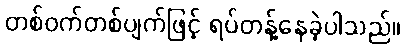
တစ်ဝက်တစ်ပျက်ဖြင့် ရပ်တန့်နေခဲ့ပါသည်။